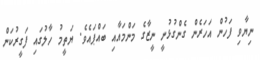
ނިޔާވި ފަހުން އަހަރެން ގެންގުޅުނީ ނީޒާގެ މަންމައާއި ބައްޕައެވެ. ޔަތީމު ހާލުގައި ފަގީރުކަން